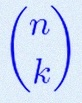
\binom{n}{k}